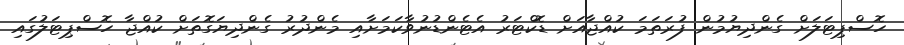
ހޮސްޕިޓަލަށް ގެންދިޔުމުން ފުރަތަމަ ކުއްޖާއަށް ޑޮކްޓަރު އެޓެންޑުނުވާކަމަށާއި މެންދުރު ގެންދިޔަގޮތަށް ކުއްޖާ ހޮސްޕިޓަލުގައި